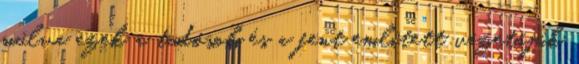
múlva ezek a tudósok és a fent említett vezetőjük